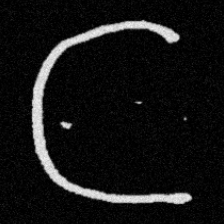
Pyu character \u2014 Myanmar letter: ဋ (romanized: tta)